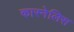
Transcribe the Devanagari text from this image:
कारनेलिस